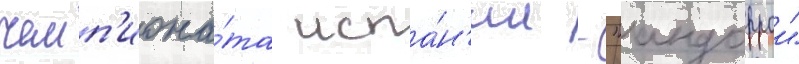
чемп'иона́та испа́н'ии - "андоррои"